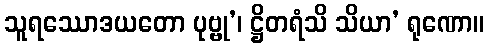
သူရဿောဒယတော ပုဗ္ဗု’၊ ဋ္ဌိတရံသိ သိယာ’ ရုဏော။